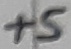
Text: +5